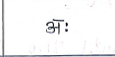
मजकूर: अः